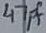
Text: 47pf